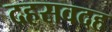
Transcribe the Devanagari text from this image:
दहसवदह